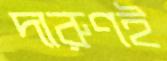
দারুণই